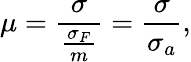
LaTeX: \mu=\frac{\sigma}{\frac{\sigma_{F}}{m}}=\frac{\sigma}{\sigma_{a}},